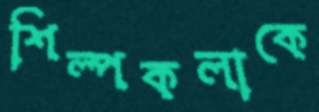
শিল্পকলাকে